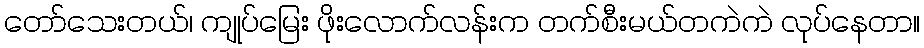
တော်သေးတယ်၊ ကျုပ်မြေး ဖိုးလောက်လန်းက တက်စီးမယ်တကဲကဲ လုပ်နေတာ။